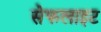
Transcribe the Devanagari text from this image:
सेफलाइट